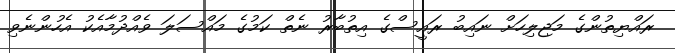
ރައްޔިތުންގެ މަޖިލިހަށް ނައިބު ރައީސްގެ އިތުބާރު ނެތް ކަމުގެ މައްސަލަ ވެއްދުމާއެކު އެހުންނެވި